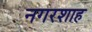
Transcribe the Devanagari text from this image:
नगरशाह